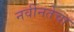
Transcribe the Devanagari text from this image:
नवीनतेचा